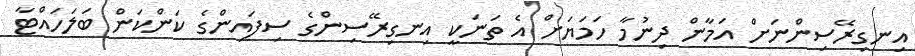
އިނގިރޭސިންނަށް އަމާން ދިނުމާ ހަމަޔަށް އެ ތަނަކީ އިނގިރޭސިންގެ ސިފައިންގެ ކަންކަން ބަލަހައްޓާ